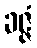
ခဇ္ဇံ